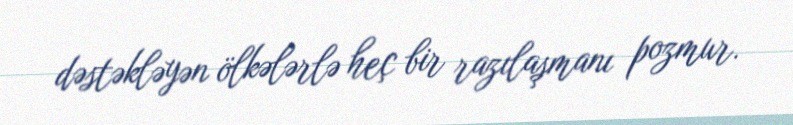
dəstəkləyən ölkələrlə heç bir razılaşmanı pozmur.